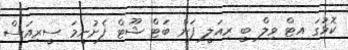
ކޮޅުގަ އިޓް ވިލް ބީ ރިއަލީ ފަން ބަޓް ޝޫޓް ފެށުނީމަ ސީރިއަސް